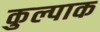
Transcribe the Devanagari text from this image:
कुल्पाक